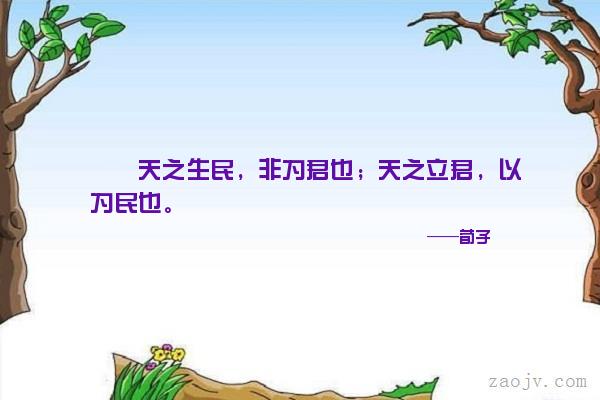
天之生民，非为君也天之立君，以为民也。